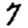
Digit: 7